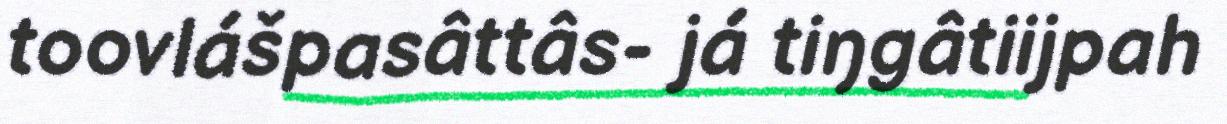
toovlášpasâttâs- já tiŋgâtiijpah